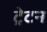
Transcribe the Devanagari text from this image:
ट्रेटन